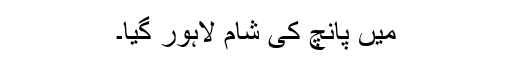
میں پانچ کی شام لاہور گیا۔